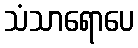
သံသာရောပေ